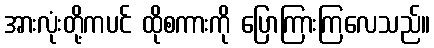
အားလုံးတို့ကပင် ထိုစကားကို ပြောကြားကြလေသည်။